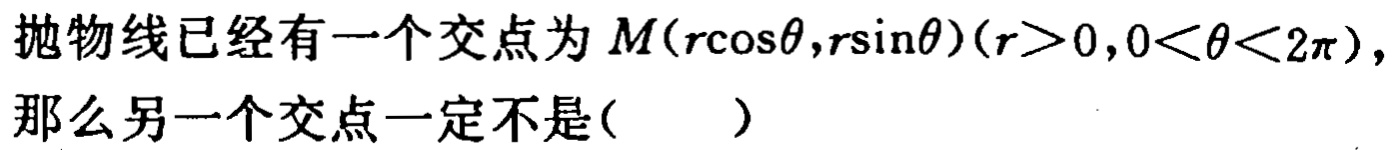
抛物线已经有一个交点为 \(M(r\cos\theta,r\sin\theta)(r > 0,0 < \theta < 2\pi)\)，那么另一个交点一定不是(  )